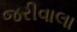
જરીવાલા